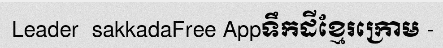
Leader  sakkadaFree Appទឹកដីខ្មែរក្រោម -